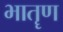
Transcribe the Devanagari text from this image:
भातॄण